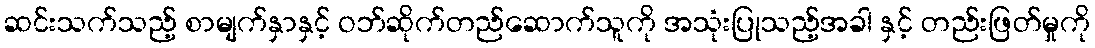
ဆင်းသက်သည့် စာမျက်နှာနှင့် ဝဘ်ဆိုက်တည်ဆောက်သူကို အသုံးပြုသည့်အခါ နှင့် တည်းဖြတ်မှုကို